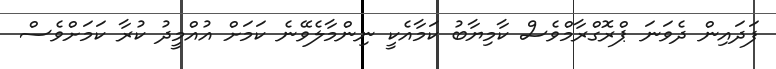
ފަދައިން ދެވަނަ ޕްރޮގްރާމްވެސް ކާމިޔާބު ކަމާއެކީ ނިންމާލެވޭނެ ކަމަށް އުއްމީދު ކުރާ ކަމަށްވެސް